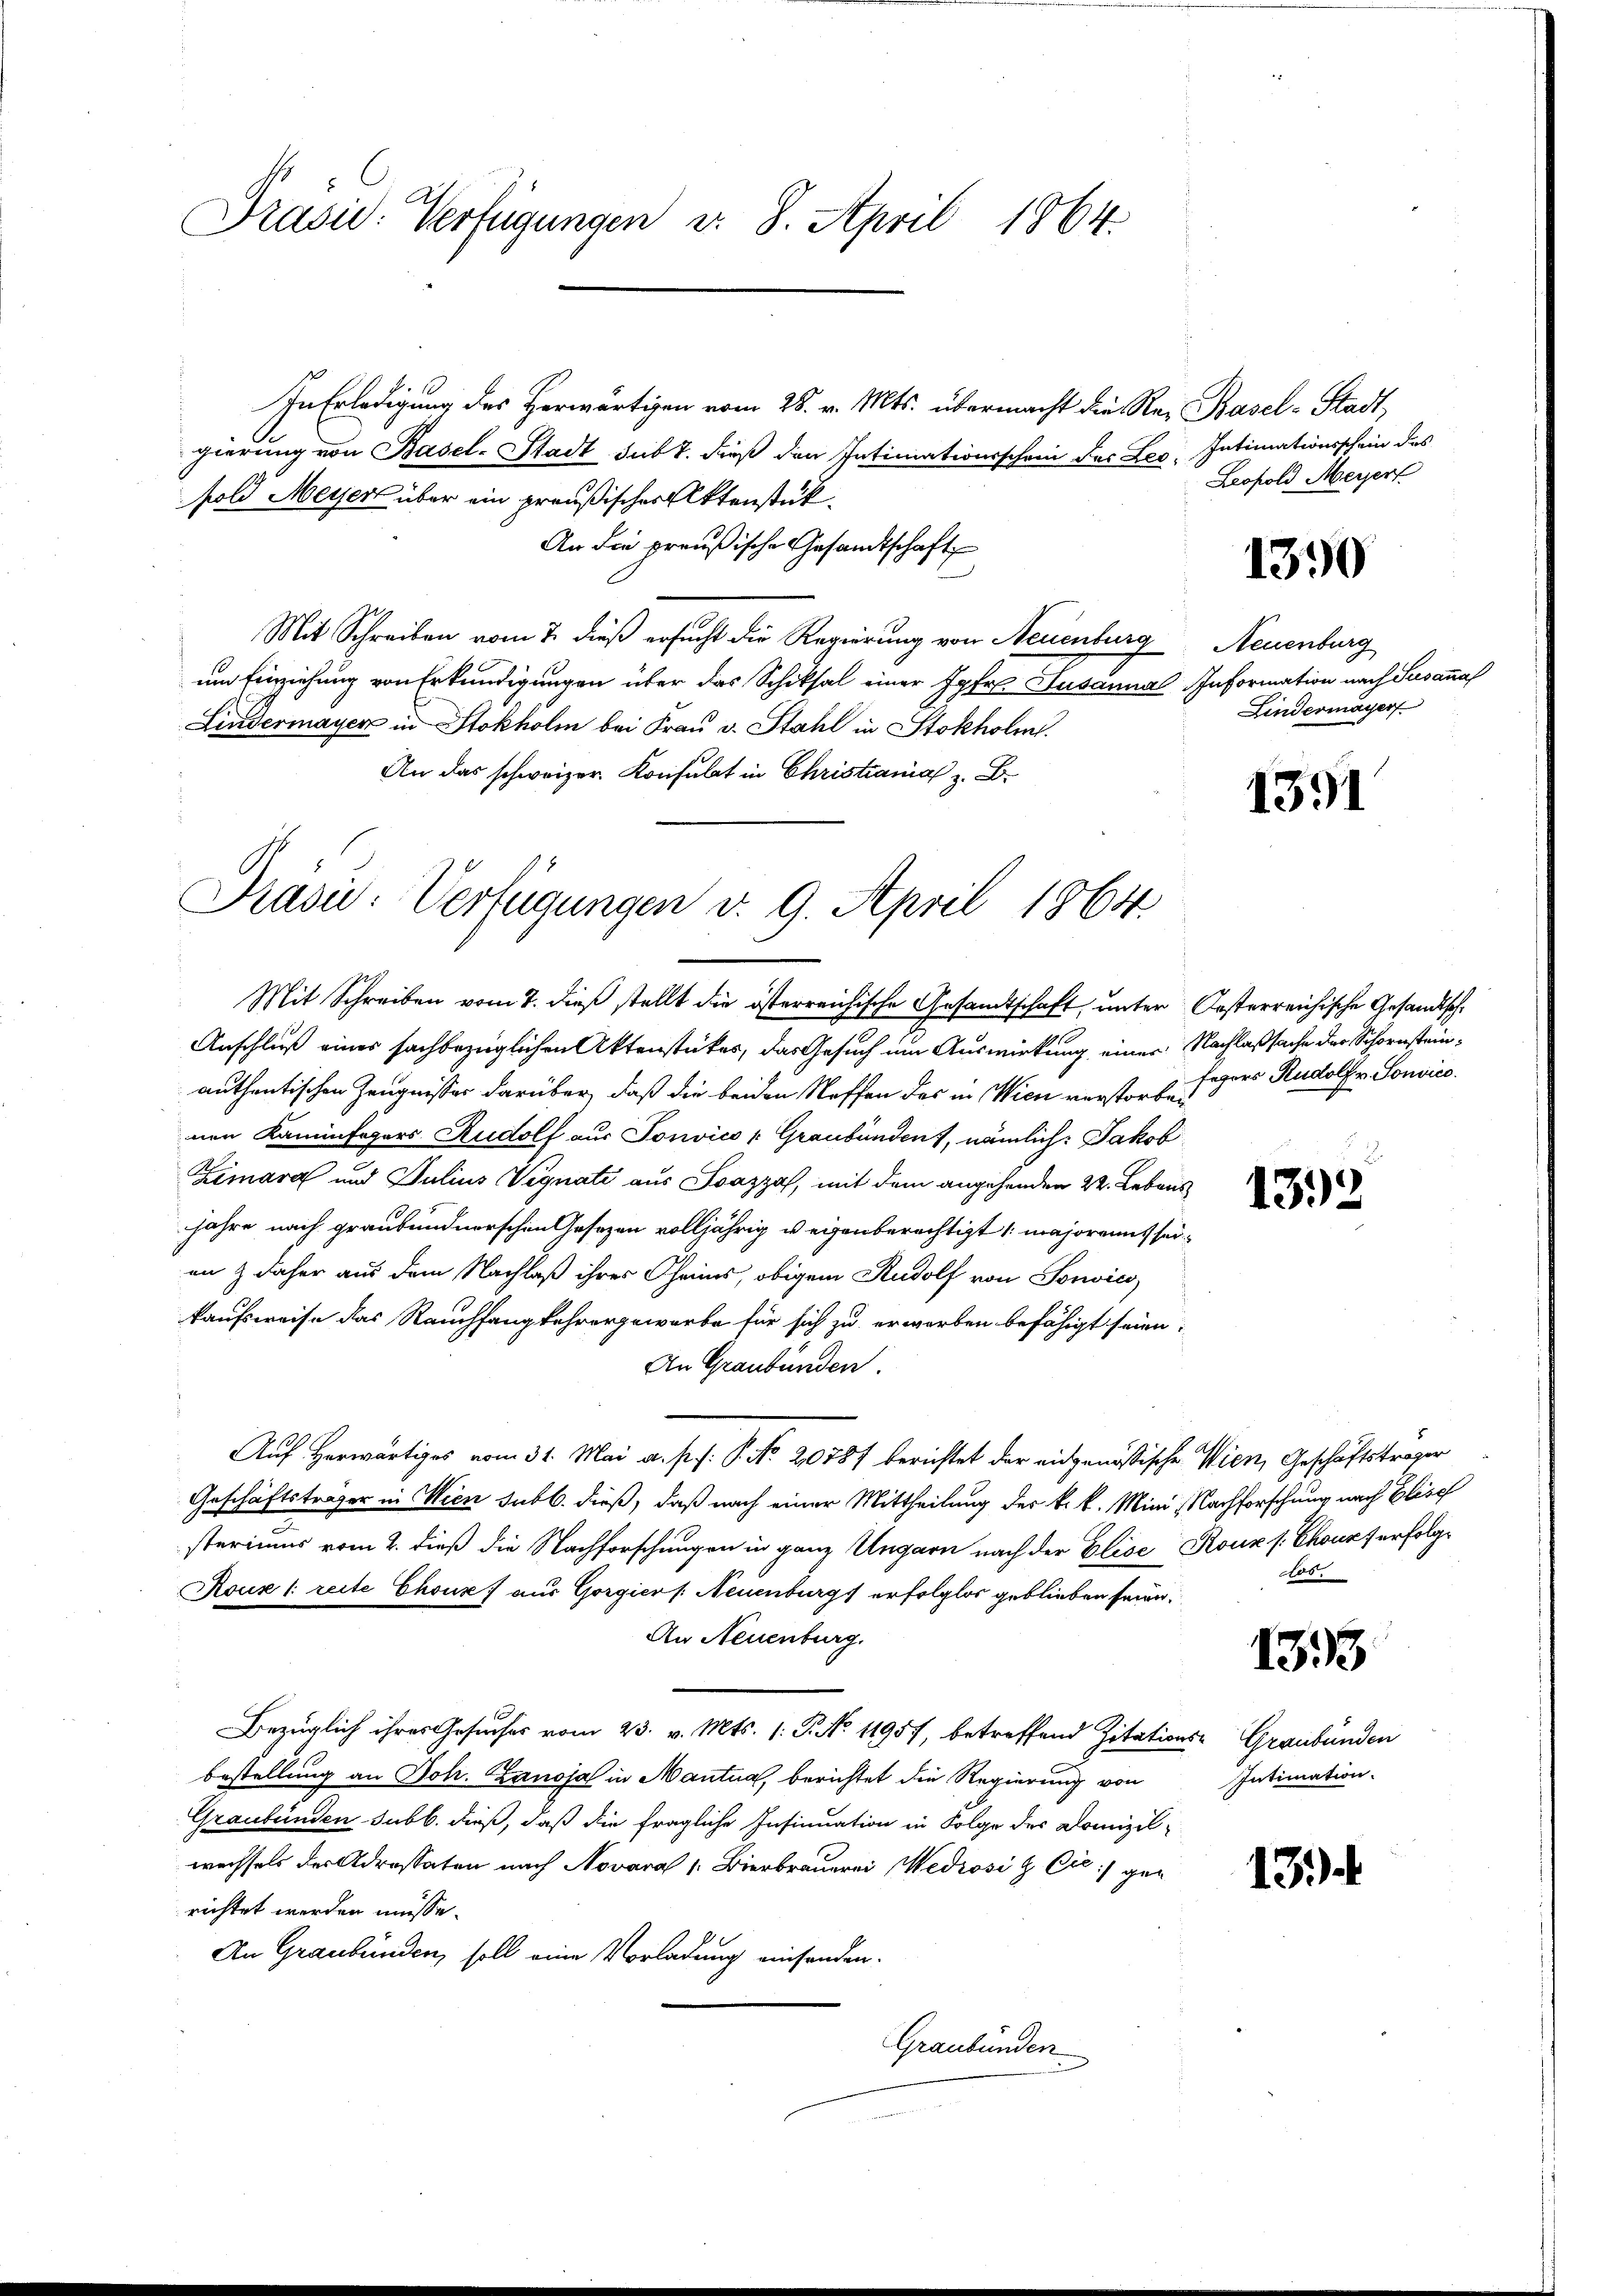
Präsid. Verfügungen v. 8. April 1864.

In Erledigung des Herwärtigen vom 28. v. Mts. übermacht die Re- Basel-Stadt,
gierung von Basel-Stadt sub 7. dieß den Intimationsschein des Leo-
fold Meyer über ein preußischer Aktenstück,
An die preußische Gesandtschaft
Mit Schreiben vom 7. dieß ersucht die Regierung von Neuenburg
um Einziehung von Erkundigungen über das Schiksal einer Jgfr. Susanna Information nach Susanna
Lindermayer in Stokholm bei Frau v. Stahl in Stokholm.
An das schweizer Konsulat in Christiania z. B.

Prasi: Verfügungen v. 9. April 1864
Mit Schreiben vom 8. dieß stellt die österreichische Gesandtschaft, unter Oesterreichische Gesandtsche

Anschluß eines sachbezüglichen Aktenstükes, das Gesuch um Auswirkung einer Nachlaßsache der Schornsteinauthentischen Zeugnisser darüber, daß die beiden Neffen des in Wien verstorben
nen Kaminfegers Rudolf aus Sonvico - Graubünden, nämlich: Jakob
Zimara und Julius Vignati aus Soazza, mit dem angehenden 22. Lebens
jahre nach graubündnerschen Gesezen volljährig weigenberechtigt majorannt seian & daher aus dem Nachlaß ihres Chris, obigem Rudolf von Sonvics,
kaufsweise das Rauchfangkehrergewarbe für sich zu erworben befähigt seien;
An Graubünden.
Auf Herwärtiges vom 31. Mai a. s. f. P. Nr. 20787 berichtet der eidgenößische Wien, Geschäftsträger
Geschäftsträger in Wien subb. dieß, daß nach einer Mittheilung der k. k. Mini Nachforschung nach Elisch
steriums vom 2. dieß die Nachforschungen in ganz Ungarn nach der Elise Kour (Chours erfolge
Koux l: reite Choux) aus Gorgier /: Neuenburg erfolglos geblieben seien.
An Neuenburg.
Bezüglich ihres Gesuches vom 23. v. Mts. 1. P. No. 11957, betreffend Zitations- Graubünden
bestellung an Joh. Zanoja in Mantua, berichtet die Regierung von
Graubünden subb. dieß, daß die fragliche Insinuation in Folge des Domizilwechsels des Adressaten nach Novara 1: Bierbrauerei Wediosi & Cie gerichtet werden müsse.
An Graubünden, soll eine Vorladung einsenden.
Graubünden

Intimationsschein des
Leopold Meyer

1390

Neuenburg
Lindermayer

1391

Fogors Rudolf v. Sonvico.

132

dos.

1333

Intimation.

13